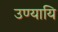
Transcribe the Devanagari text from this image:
उण्यायि